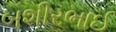
બશીરભાઈ